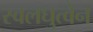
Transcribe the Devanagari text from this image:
स्वलघुत्वेन